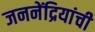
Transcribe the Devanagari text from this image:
जननेंद्रियांची